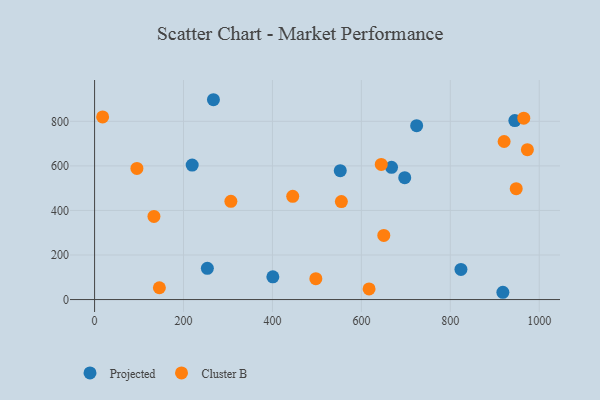
{"axis": {"x": "Distance", "y": "Rating"}, "legend": ["Cluster B", "Projected"], "data": [{"x": "945.1", "y": 803.2, "type": "Projected"}, {"x": "697.5", "y": 547.1, "type": "Projected"}, {"x": "552.5", "y": 578.5, "type": "Projected"}, {"x": "918.2", "y": 32.7, "type": "Projected"}, {"x": "253.6", "y": 140.2, "type": "Projected"}, {"x": "400.9", "y": 102.2, "type": "Projected"}, {"x": "667.8", "y": 593.4, "type": "Projected"}, {"x": "219.5", "y": 603.8, "type": "Projected"}, {"x": "267.3", "y": 897.0, "type": "Projected"}, {"x": "724.3", "y": 780.6, "type": "Projected"}, {"x": "823.9", "y": 135.3, "type": "Projected"}, {"x": "306.5", "y": 440.9, "type": "Cluster B"}, {"x": "644.7", "y": 606.8, "type": "Cluster B"}, {"x": "445.6", "y": 463.2, "type": "Cluster B"}, {"x": "650.4", "y": 288.1, "type": "Cluster B"}, {"x": "948.2", "y": 497.7, "type": "Cluster B"}, {"x": "555.0", "y": 439.8, "type": "Cluster B"}, {"x": "965.2", "y": 814.2, "type": "Cluster B"}, {"x": "133.5", "y": 373.1, "type": "Cluster B"}, {"x": "145.7", "y": 53.1, "type": "Cluster B"}, {"x": "95.2", "y": 588.5, "type": "Cluster B"}, {"x": "497.6", "y": 93.9, "type": "Cluster B"}, {"x": "18.1", "y": 820.0, "type": "Cluster B"}, {"x": "973.3", "y": 672.9, "type": "Cluster B"}, {"x": "617.3", "y": 47.9, "type": "Cluster B"}, {"x": "921.0", "y": 709.5, "type": "Cluster B"}]}